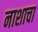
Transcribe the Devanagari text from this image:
नाशाचा